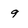
Character: 9